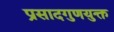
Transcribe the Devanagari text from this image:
प्रसादगुणयुक्त